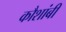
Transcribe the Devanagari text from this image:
कौशांबीं